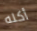
أكله